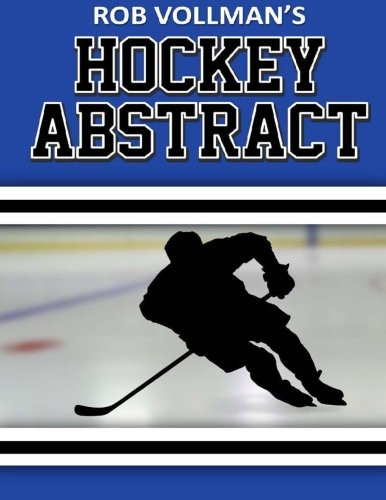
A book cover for Rob Vollman's Hockey Abstract; Rob Vollman; Sports & Outdoors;